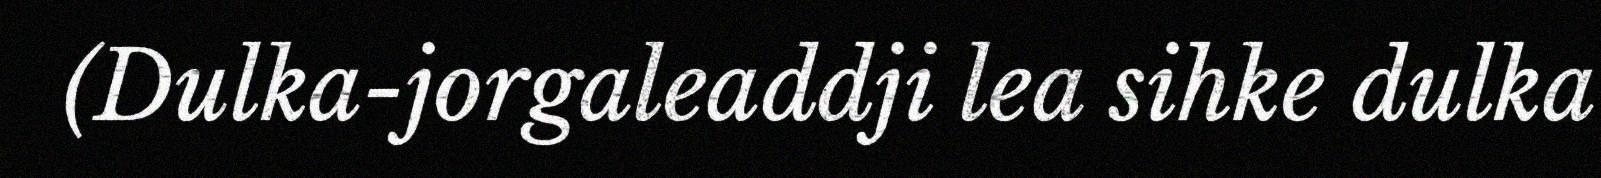
(Dulka-jorgaleaddji lea sihke dulka